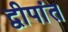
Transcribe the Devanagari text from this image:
द्वीपांत